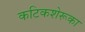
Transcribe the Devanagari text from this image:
कटिकशेरूका